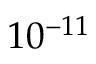
1 0 ^ { - 1 1 }